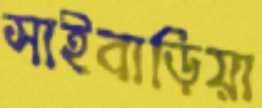
সাইবাড়িয়া